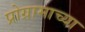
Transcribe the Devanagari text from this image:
प्रोग्रामाच्या